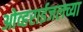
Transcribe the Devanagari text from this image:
ओव्हराईजलच्या